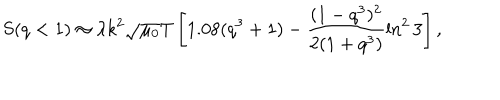
S ( q < 1 ) \approx \lambda k ^ { 2 } \sqrt { \mu _ { 0 } } T \left[ 1 . 0 8 ( q ^ { 3 } + 1 ) - \frac { ( 1 - q ^ { 3 } ) ^ { 2 } } { 2 ( 1 + q ^ { 3 } ) } \ln ^ { 2 } 3 \right] ,